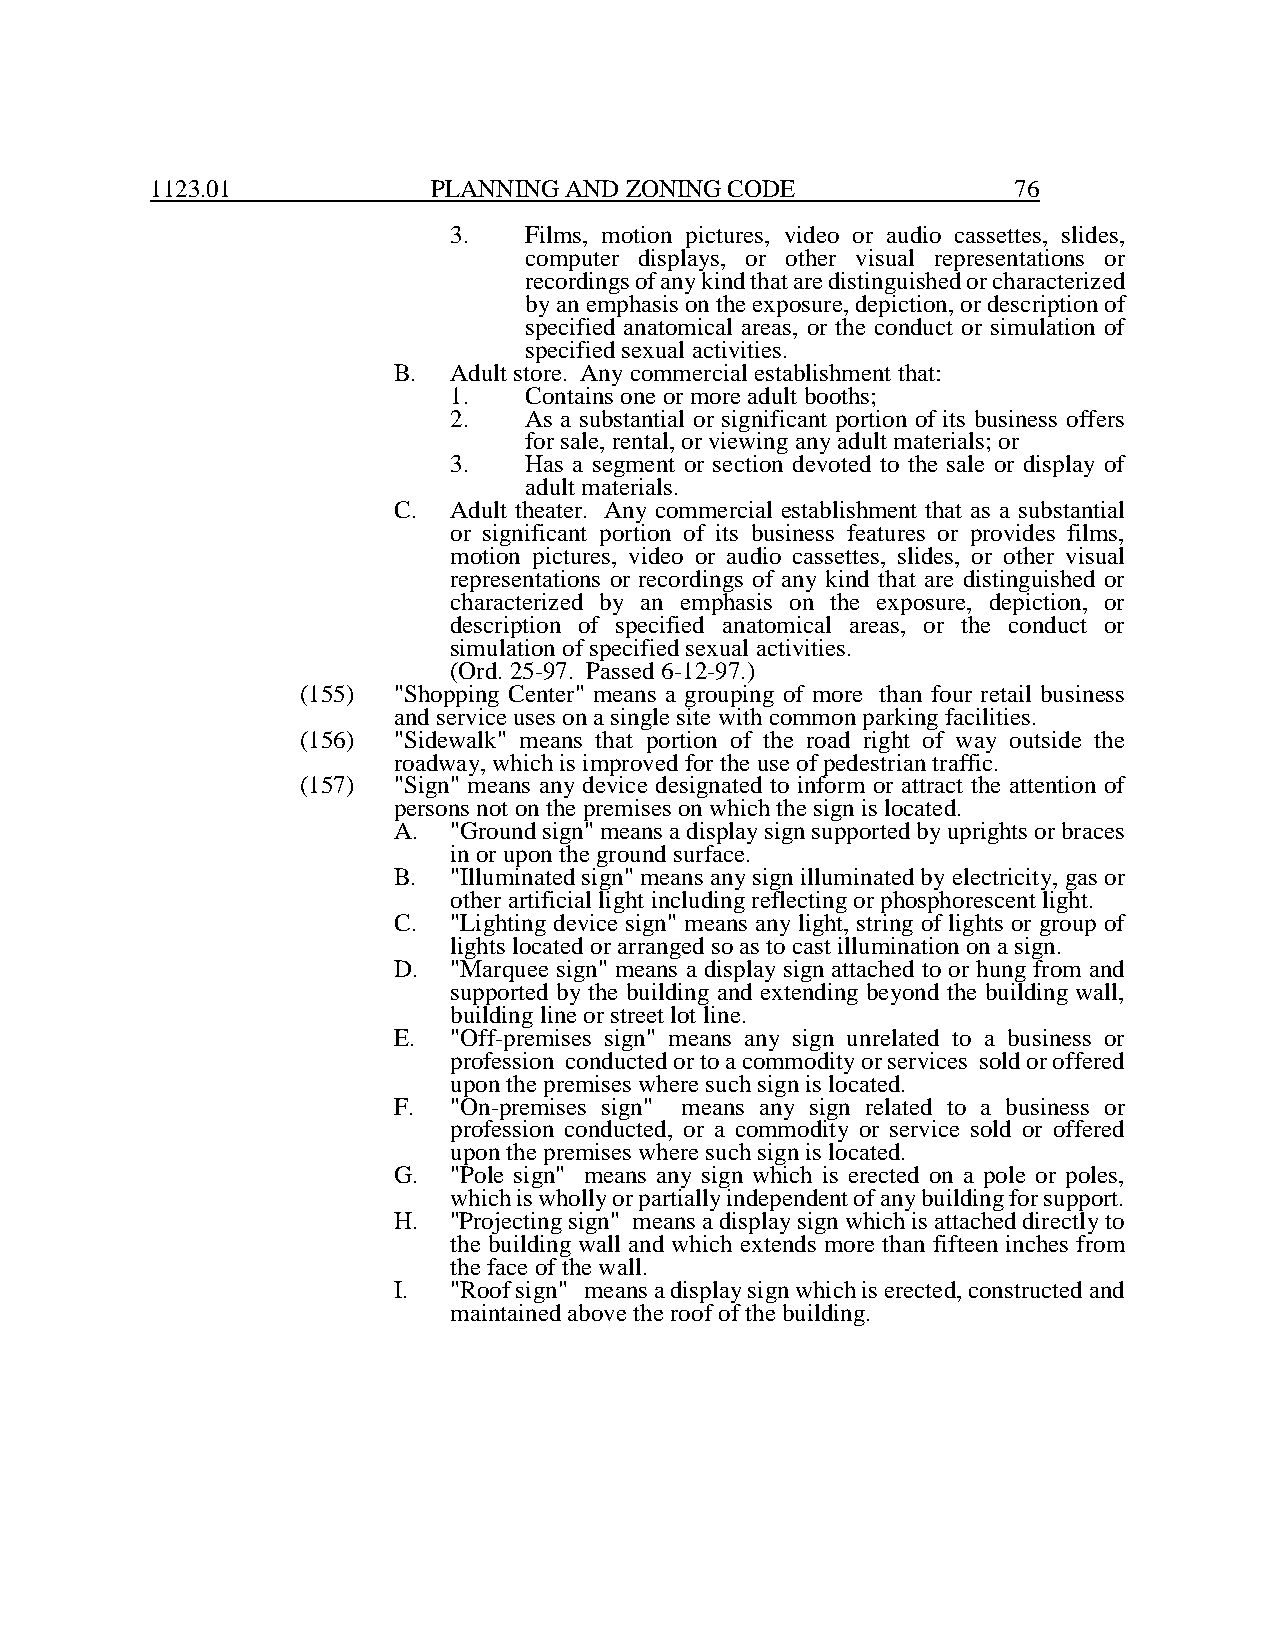
1123.01            PLANNING AND ZONING CODE              76
 3.   Films, motion pictures, video or audio cassettes, slides,
 computer displays, or other visual representations or
 recordings of any kind that are distinguished or characterized
 by an emphasis on the exposure, depiction, or description of
 specified anatomical areas, or the conduct or simulation of
 specified sexual activities.
 B.  Adult store. Any commercial establishment that:
 1.   Contains one or more adult booths;
 2.   As a substantial or significant portion of its business offers
 for sale, rental, or viewing any adult materials; or
 3.   Has a segment or section devoted to the sale or display of
 adult materials.
 C.  Adult theater. Any commercial establishment that as a substantial
 or significant portion of its business features or provides films,
 motion pictures, video or audio cassettes, slides, or other visual
 representations or recordings of any kind that are distinguished or
 characterized by an emphasis on the exposure, depiction, or
 description of specified anatomical areas, or the conduct or
 simulation of specified sexual activities.
 (Ord. 25-97. Passed 6-12-97.)
 (155) "Shopping Center" means a grouping of more than four retail business
 and service uses on a single site with common parking facilities.
 (156) "Sidewalk" means that portion of the road right of way outside the
 roadway, which is improved for the use of pedestrian traffic.
 (157) "Sign" means any device designated to inform or attract the attention of
 persons not on the premises on which the sign is located.
 A.  "Ground sign" means a display sign supported by uprights or braces
 in or upon the ground surface.
 B.  "Illuminated sign" means any sign illuminated by electricity, gas or
 other artificial light including reflecting or phosphorescent light.
 C.  "Lighting device sign" means any light, string of lights or group of
 lights located or arranged so as to cast illumination on a sign.
 D.  "Marquee sign" means a display sign attached to or hung from and
 supported by the building and extending beyond the building wall,
 building line or street lot line.
 E.  "Off-premises sign" means any sign unrelated to a business or
 profession conducted or to a commodity or services sold or offered
 upon the premises where such sign is located.
 F.  "On-premises sign" means any sign related to a business or
 profession conducted, or a commodity or service sold or offered
 upon the premises where such sign is located.
 G.  "Pole sign" means any sign which is erected on a pole or poles,
 which is wholly or partially independent of any building for support.
 H.  "Projecting sign" means a display sign which is attached directly to
 the building wall and which extends more than fifteen inches from
 the face of the wall.
 I.  "Roof sign" means a display sign which is erected, constructed and
 maintained above the roof of the building.